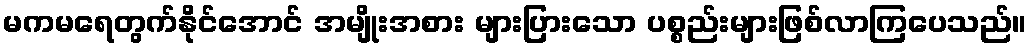
မကမရေတွက်နိုင်အောင် အမျိုးအစား များပြားသော ပစ္စည်းများဖြစ်လာကြပေသည်။